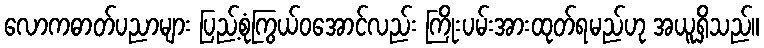
လောကဓာတ်ပညာများ ပြည့်စုံကြွယ်ဝအောင်လည်း ကြိုးပမ်းအားထုတ်ရမည်ဟု အယူရှိသည်။